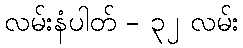
လမ်းနံပါတ် - ၃၂ လမ်း